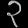
Digit: ၃